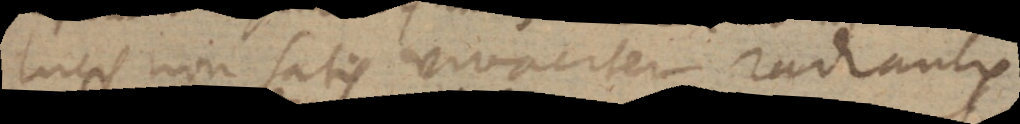
lucis non satis vivaciter radiantis